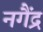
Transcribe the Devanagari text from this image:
नगैंद्र